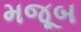
મજૂબ